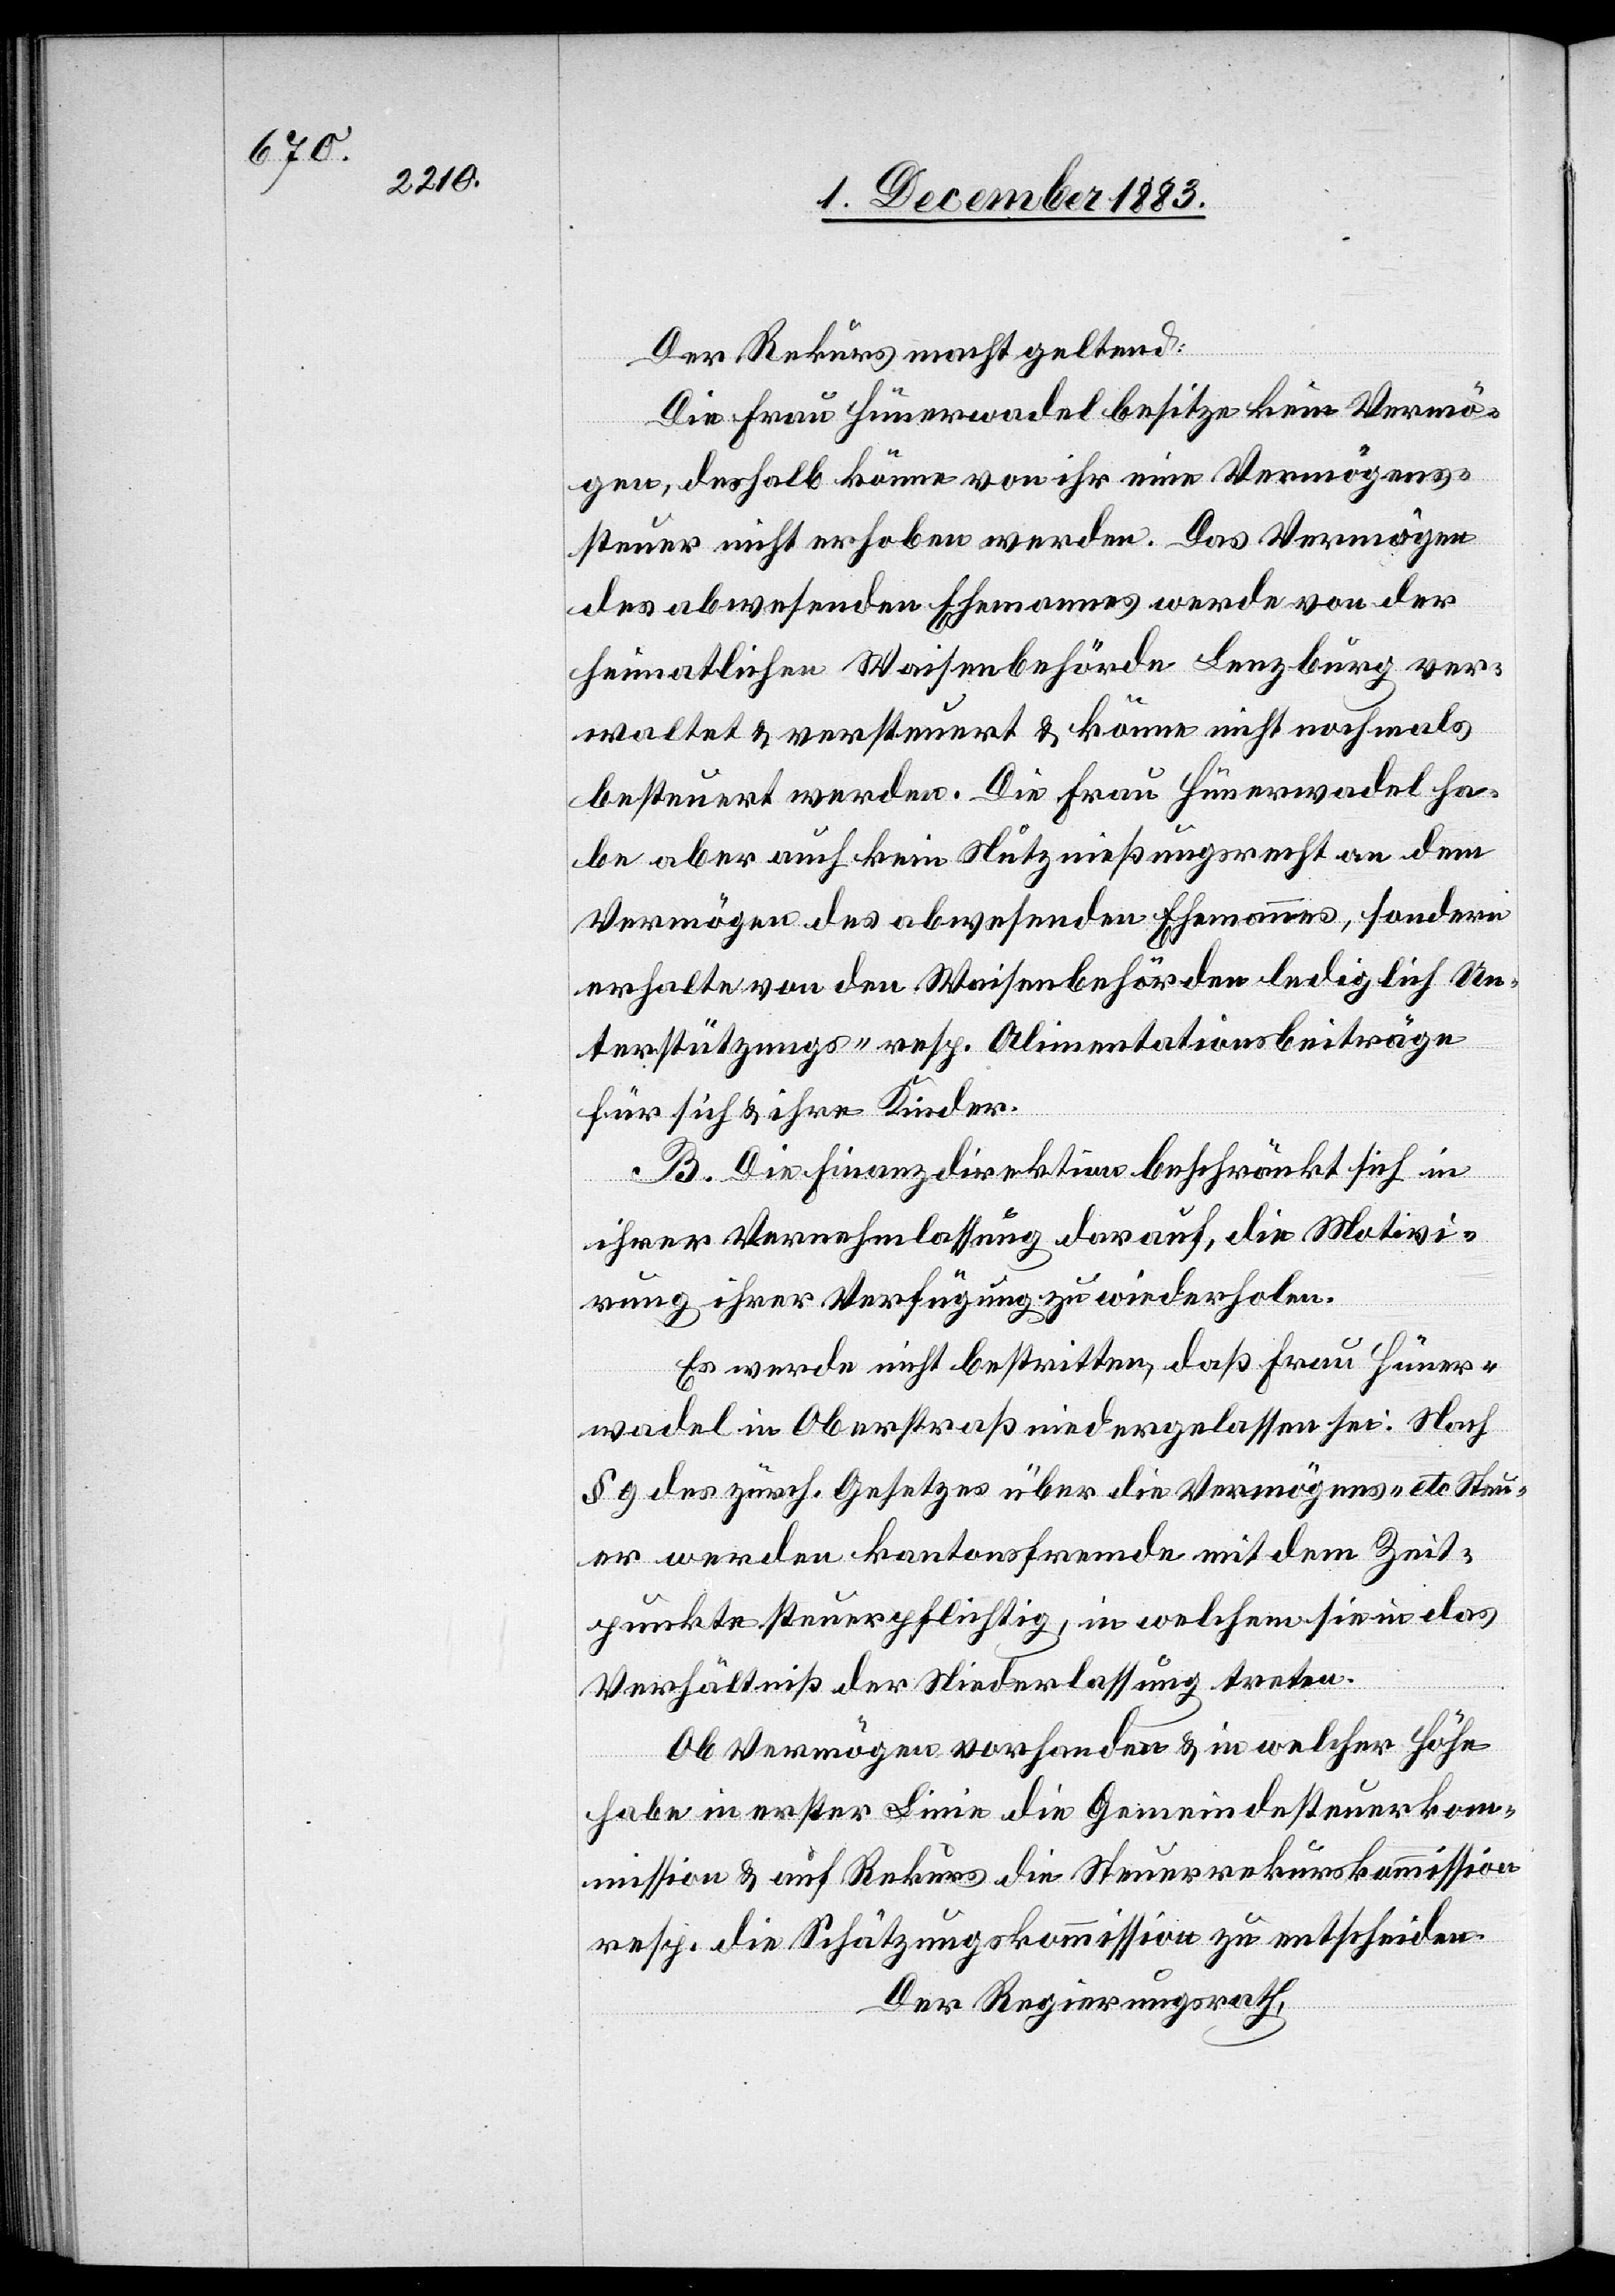
Der Rekurs macht geltend:
Die Frau Hünerwadel besitze kein Vermö¬
gen, deshalb könne von ihr eine Vermögens¬
steuer nicht erhoben werden. Das Vermögen
des abwesenden Ehemannes werde von der
heimatlichen Waisenbehörde Lenzburg ver¬
waltet & versteuert & könne nicht nochmals
besteuert werden. Die Frau Hünerwadel ha¬
be aber auch kein Nutznießungsrecht an dem
Vermögen des abwesenden Ehemannes, sondern
erhalte von den Waisenbehörden lediglich Un¬
terstützungs- resp. Administrationsbeiträge
für sich & ihre Kinder.
Die Finanzdirektion beschränkt sich in
ihrer Vernehmlassung darauf, die Motivi¬
rung ihrer Verfügung zu wiederholen.
Es werde nicht bestritten, daß Frau Hüner¬
wadel in Oberstraß niedergelassen sei. Nach
§ 9 des zürch. Gesetzes über die Vermögens- etc. Steu¬
er werden kantonsfremde mit dem Zeit¬
punkte steuerpflichtig, in welchem sie in das
Verhältniß der Niederlassung treten.
Ob Vermögen vorhanden & in welcher Höhe
habe in erster Linie die Gemeindesteuerkom¬
mission & auf Rekurs die Steuerrekurskommission
resp. die Schätzungskommission zu entscheiden.
Der Regierungsrath,